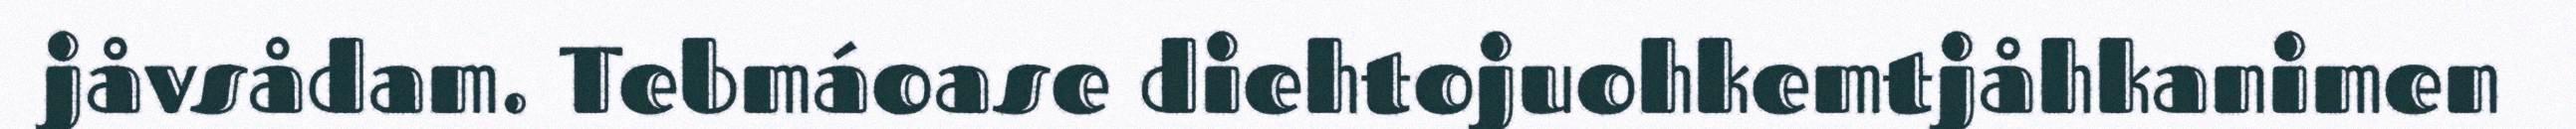
jåvsådam. Tebmáoase diehtojuohkemtjåhkanimen